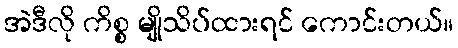
အဲဒီလို ကိစ္စ မျိုသိပ်ထားရင် ကောင်းတယ်။